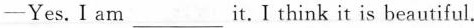
—Yes.I am___ it.I think it is beautiful.